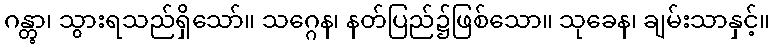
ဂန္တွာ၊ သွားရသည်ရှိသော်။ သဂ္ဂေန၊ နတ်ပြည်၌ဖြစ်သော။ သုခေန၊ ချမ်းသာနှင့်။